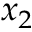
x _ { 2 }